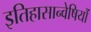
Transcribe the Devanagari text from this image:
इतिहासान्वेषियों